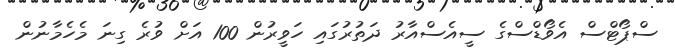
ސްޕޯޓްސް އެވޯޑްސްގެ ސީއެސްއާރު ދަތުރުގައި ހަވީރުން 100 އަށް ވުރެ ގިނަ މެހެމާނުން